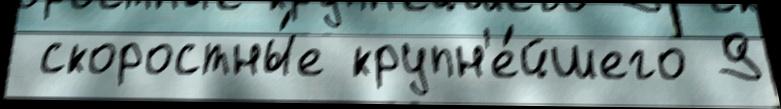
 скоростны́е крупн'е́йшего 9